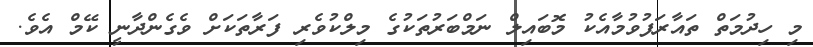
މި ހިދުމަތް ތައާރަފުވުމާއެކު މޮބައިލް ނަމްބަރުތަކުގެ މިލްކުވެރި ފަރާތަކަށް ވެގެންދާނީ ކޭމް އެވެ.